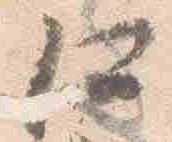
仁